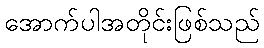
အောက်ပါအတိုင်းဖြစ်သည်